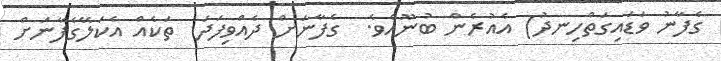
ގެފާނު ވަޑައިގަތްހިނދު) އެއުރެން ބުނޫއެވެ.  ގެފާނަށް ދެއްވިފަދަ  ތަކެއް އެކަލޭގެފާނަށް